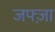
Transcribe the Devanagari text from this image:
जफ्ज़ा